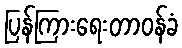
ပြန်ကြားရေးတာဝန်ခံ